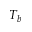
T _ { b }